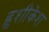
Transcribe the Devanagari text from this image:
हृशीकेश